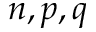
n , p , q